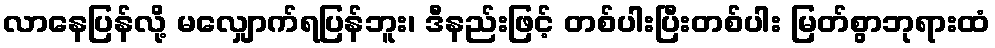
လာနေပြန်လို့ မလျှောက်ရပြန်ဘူး၊ ဒီနည်းဖြင့် တစ်ပါးပြီးတစ်ပါး မြတ်စွာဘုရားထံ